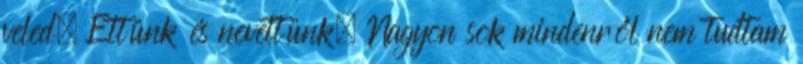
veled. Ettünk és nevettünk. Nagyon sok mindenről nem tudtam